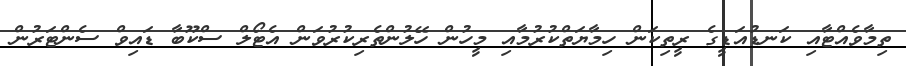
ތިމާވެއްޓާއި ކަނޑުއަޑީގެ ރީތިކަން ހިމާޔަތްކުރުމާއި މީހުން ހޭލުންތެރިކުރުވަން އެޓޯލް ސްކޫބާ ޑައިވް ސެންޓަރުން